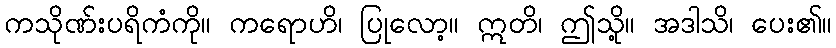
ကသိုဏ်းပရိကံကို။ ကရောဟိ၊ ပြုလော့။ ဣတိ၊ ဤသို့။ အဒါသိ၊ ပေး၏။